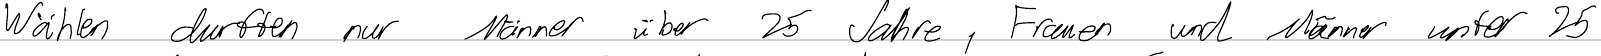
Wählen durften nur Männer über 25 Jahre, Frauen und Männer unter 25